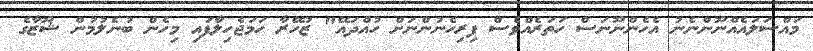
މައްސަލައެއްނޫންނެނު އެހެންނޫނަސް ހަތަރެއްވެސް ފިރިހެނުންނަށް ހުއްދައޭ" ޒުހޭރާ ހަމަޖެހިލާފައި މިހެން ބުނެލުމުން ޝޫޒާގެ